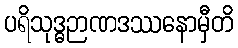
ပရိသုဒ္ဓဉာဏဒဿနောမှီတိ